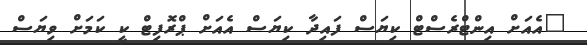
"އެއަށް އިންޓްރެސްޓް ކިޔަސް ފައިދާ ކިޔަސް އެއަށް ޕްރޮފިޓް ކީ ކަމަށް ވިޔަސް